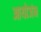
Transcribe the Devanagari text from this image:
आयोजंन